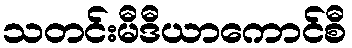
သတင်းမီဒီယာကောင်စီ